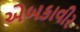
એબકાવીર